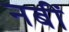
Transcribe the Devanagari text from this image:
नबीं